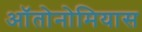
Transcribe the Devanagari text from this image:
ऑतोनोमियास